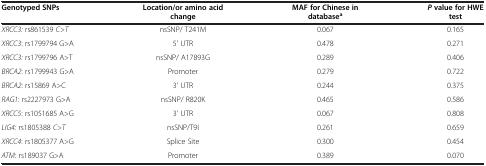
<table><thead><tr><td><b>Genotyped SNPs</b></td><td><b>Location/or amino acid change</b></td><td><b>MAF for Chinese in database<sup>a</sup></b></td><td><b><i>P</i>value for HWE test</b></td></tr></thead><tbody><tr><td><i>XRCC3:</i> rs861539 <i>C&gt;T</i></td><td>nsSNP/ T241M</td><td>0.067</td><td>0.165</td></tr><tr><td><i>XRCC3</i>: rs1799794 G&gt;A</td><td>5&#x27; UTR</td><td>0.478</td><td>0.271</td></tr><tr><td><i>XRCC3:</i> rs1799796 A&gt;T</td><td>nsSNP/ A17893G</td><td>0.289</td><td>0.406</td></tr><tr><td><i>BRCA2</i>: rs1799943 G&gt;A</td><td>Promoter</td><td>0.279</td><td>0.722</td></tr><tr><td><i>BRCA2</i>: rs15869 A&gt;C</td><td>3&#x27; UTR</td><td>0.244</td><td>0.375</td></tr><tr><td><i>RAG1</i>: rs2227973 G&gt;A</td><td>nsSNP/ R820K</td><td>0.465</td><td>0.586</td></tr><tr><td><i>XRCC5</i>: rs1051685 A&gt;G</td><td>3&#x27; UTR</td><td>0.067</td><td>0.808</td></tr><tr><td><i>LIG4:</i> rs1805388 <i>C&gt;T</i></td><td>nsSNP/T9I</td><td>0.261</td><td>0.659</td></tr><tr><td><i>XRCC4</i>: rs1805377 A&gt;G</td><td>Splice Site</td><td>0.300</td><td>0.454</td></tr><tr><td><i>ATM</i>: rs189037 G&gt;A</td><td>Promoter</td><td>0.389</td><td>0.070</td></tr></tbody></table>